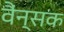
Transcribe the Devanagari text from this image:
वैंन्सक